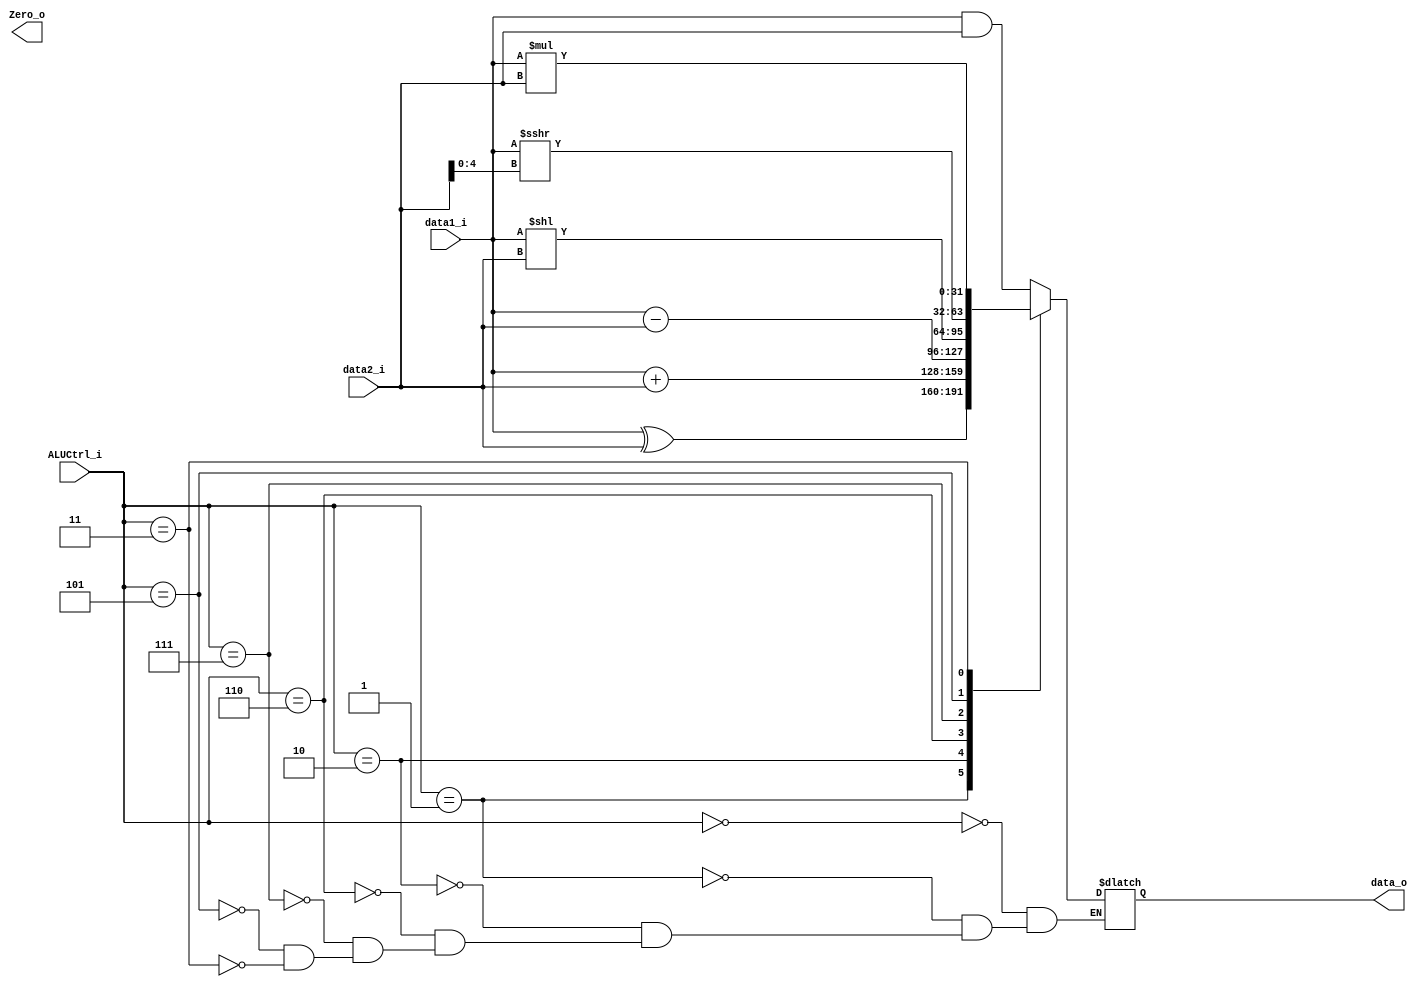
module ALU (
    data1_i,
    data2_i,
    ALUCtrl_i,
    Zero_o,
    data_o
);

input wire signed [31:0] data1_i, data2_i;
input [2:0] ALUCtrl_i;
output Zero_o;
output [31:0] data_o;

reg signed [31:0] data_o;

`define AND 3'b000 //0
`define XOR 3'b001 //1
`define ADD 3'b010 //2
`define SUB 3'b110 //6
`define SLL 3'b111 //7
`define SRA 3'b101 //5
`define MUL 3'b011 //3

always @(data1_i or data2_i or ALUCtrl_i) begin
    case (ALUCtrl_i)
    `AND: data_o = data1_i & data2_i;
    `XOR: data_o = data1_i ^ data2_i;
    `ADD: data_o = data1_i + data2_i;
    `SUB: data_o = data1_i - data2_i;
    `SLL: data_o = data1_i << data2_i;
    `SRA: data_o = data1_i >>> {27'b0, data2_i[4:0]};
    `MUL: data_o = data1_i * data2_i;
endcase

end

endmodule